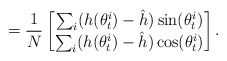
\begin{align*} = \frac{1}{N} \begin{bmatrix} \sum_{i}(h(\theta_t^i)-\hat{h})\sin(\theta_t^i) \\ \sum_{i}(h(\theta_t^i)-\hat{h})\cos(\theta_t^i) \end{bmatrix}. \end{align*}